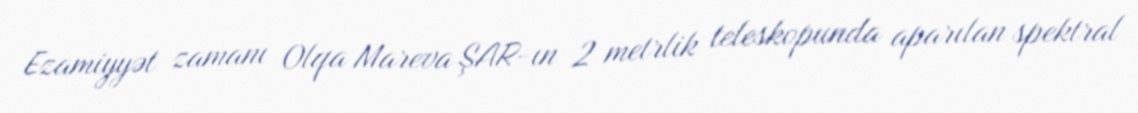
Ezamiyyət zamanı Olqa Mareva ŞAR-ın 2 metrlik teleskopunda aparılan spektral